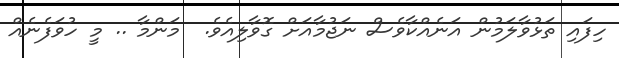
ހިފައި ތަޅުވާލަމުން އަނެއްކާވެސް ނަޖުމާއަށް ގޮވާލިއެވެ.  މަންމާ .. މީ ހުވަފެނެއް